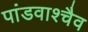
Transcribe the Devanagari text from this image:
पांडवाश्चैव